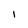
Character: I